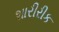
શારીરીક